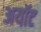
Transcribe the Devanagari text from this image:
अयॉट